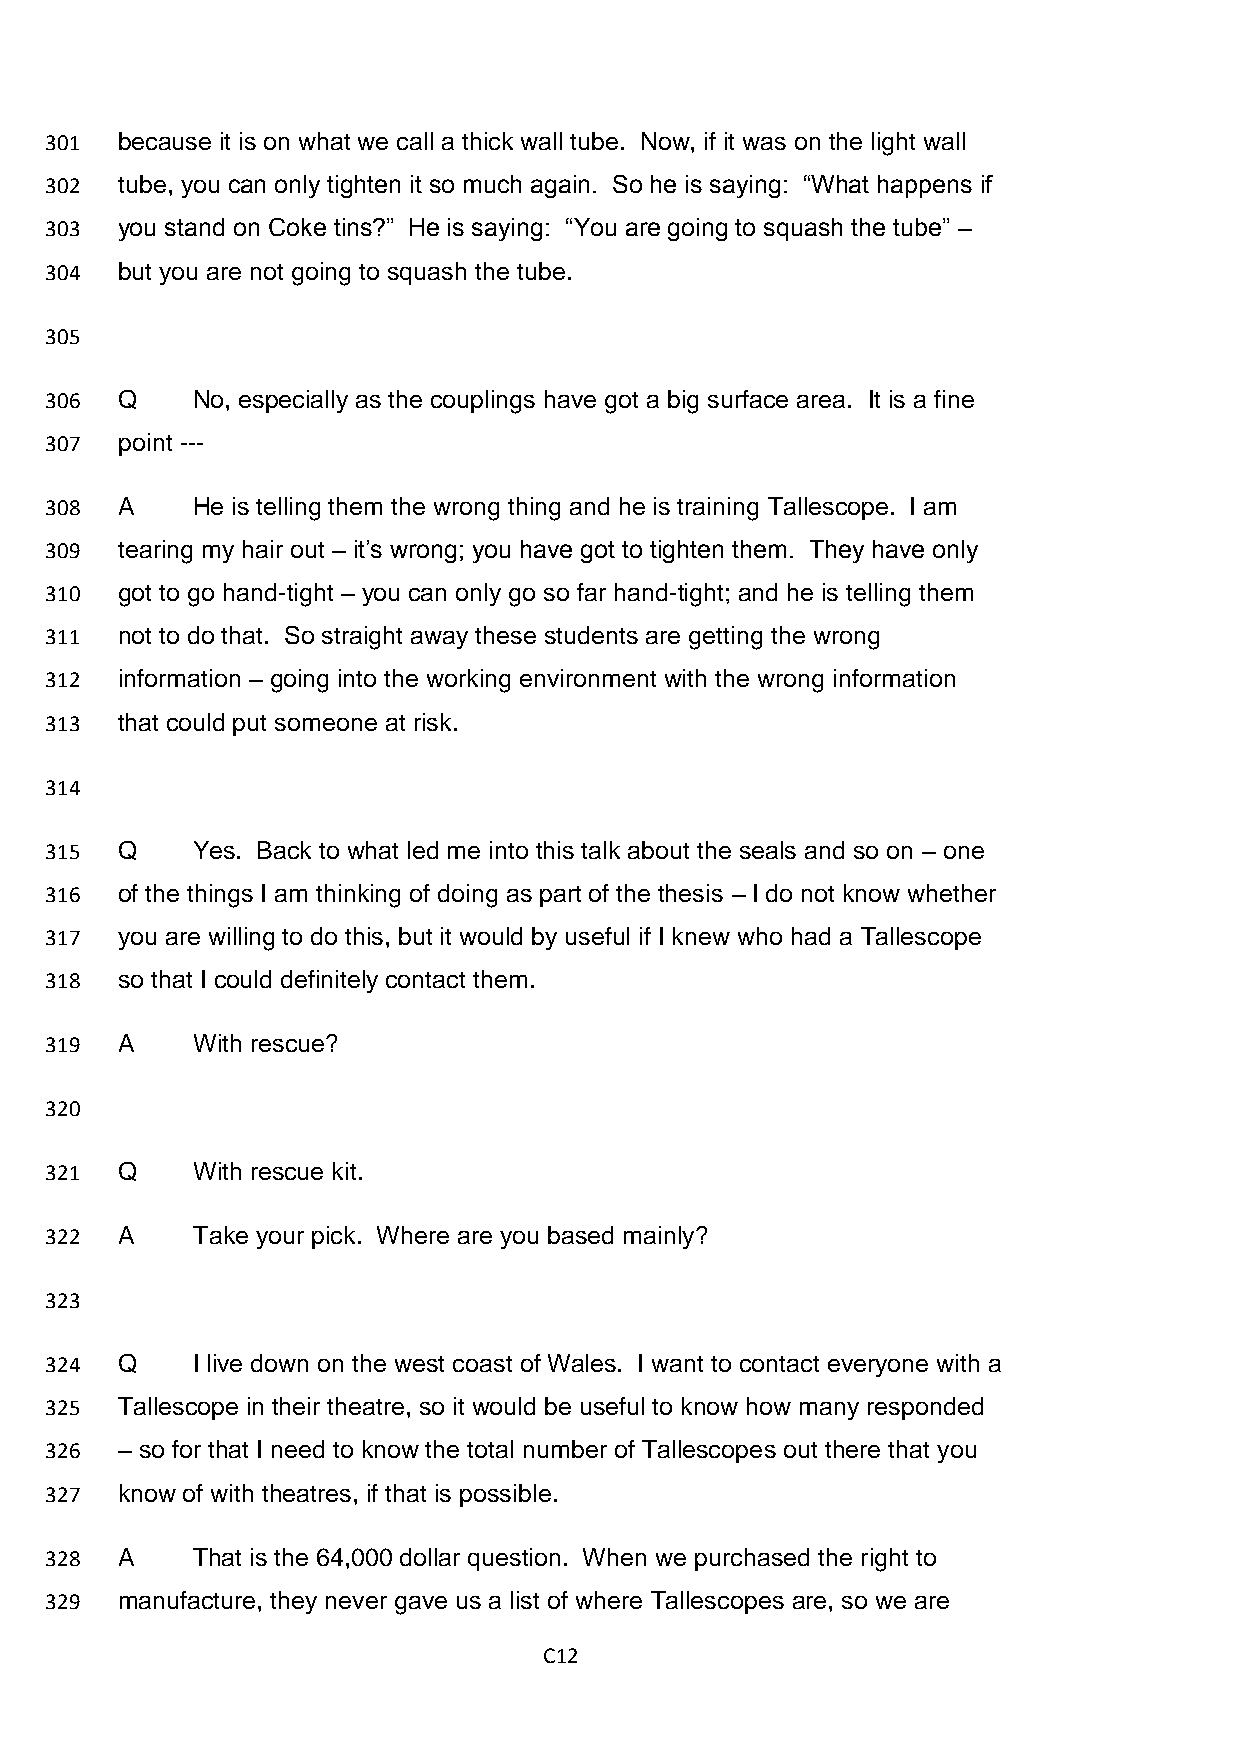
301  because it is on what we call a thick wall tube. Now, if it was on the light wall
 302  tube, you can only tighten it so much again. So he is saying: “What happens if
 303  you stand on Coke tins?” He is saying: “You are going to squash the tube” –
 304  but you are not going to squash the tube.
 305
 306  Q    No, especially as the couplings have got a big surface area. It is a fine
 307  point ---
 308  A    He is telling them the wrong thing and he is training Tallescope. I am
 309  tearing my hair out – it’s wrong; you have got to tighten them. They have only
 310  got to go hand-tight – you can only go so far hand-tight; and he is telling them
 311  not to do that. So straight away these students are getting the wrong
 312  information – going into the working environment with the wrong information
 313  that could put someone at risk.
 314
 315  Q    Yes. Back to what led me into this talk about the seals and so on – one
 316  of the things I am thinking of doing as part of the thesis – I do not know whether
 317  you are willing to do this, but it would by useful if I knew who had a Tallescope
 318  so that I could definitely contact them.
 319  A    With rescue?
 320
 321  Q    With rescue kit.
 322  A    Take your pick. Where are you based mainly?
 323
 324  Q    I live down on the west coast of Wales. I want to contact everyone with a
 325  Tallescope in their theatre, so it would be useful to know how many responded
 326  – so for that I need to know the total number of Tallescopes out there that you
 327  know of with theatres, if that is possible.
 328  A    That is the 64,000 dollar question. When we purchased the right to
 329  manufacture, they never gave us a list of where Tallescopes are, so we are
 C12